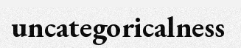
uncategoricalness